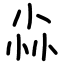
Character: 尛